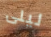
ليلى